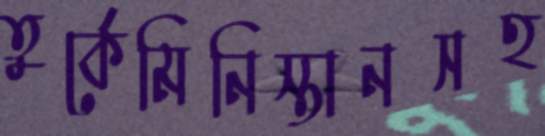
তুর্কেমিনিস্তানসহ